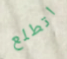
اتطلع